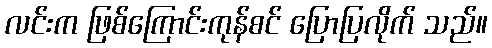
လင်းက ဖြစ်ကြောင်းကုန်စင် ပြောပြလိုက် သည်။